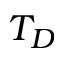
T _ { D }